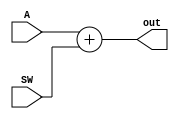
//async addder

module async_adder(A, SW, out);
	input [9:0] A;
	input [9:0] SW;
	output[9:0] out;
	
	assign out[9:0] = A[9:0] + SW[9:0];
	
endmodule